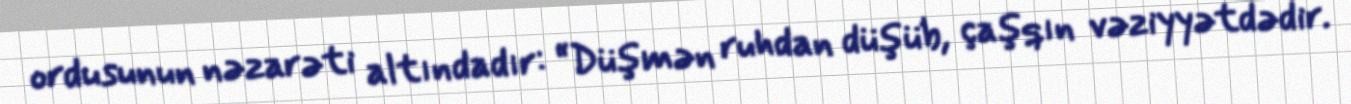
ordusunun nəzarəti altındadır: “Düşmən ruhdan düşüb, çaşqın vəziyyətdədir.